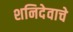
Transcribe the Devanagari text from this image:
शनिदेवाचे